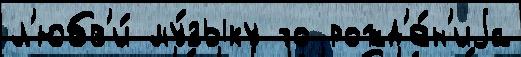
л'юбв'и́ му́зыку то рожд'е́н'иjа